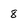
Character: 8